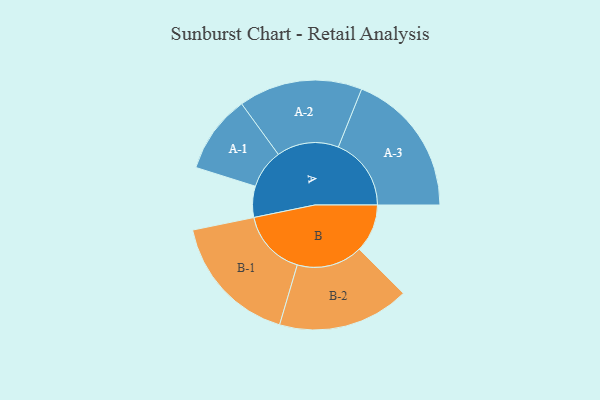
{"axis": {"x": "Segment", "y": "Value"}, "legend": ["", "A", "B"], "data": [{"x": "A", "y": 128, "type": ""}, {"x": "B", "y": 198, "type": ""}, {"x": "A-1", "y": 161, "type": "A"}, {"x": "A-2", "y": 255, "type": "A"}, {"x": "A-3", "y": 300, "type": "A"}, {"x": "B-1", "y": 273, "type": "B"}, {"x": "B-2", "y": 271, "type": "B"}]}